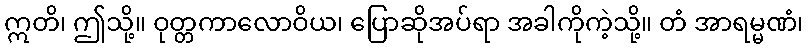
ဣတိ၊ ဤသို့။ ဝုတ္တကာလောဝိယ၊ ပြောဆိုအပ်ရာ အခါကိုကဲ့သို့။ တံ အာရမ္မဏံ၊